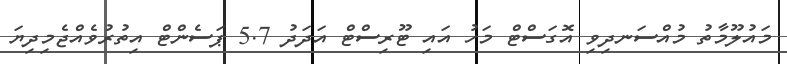
މައުލޫމާތު މުއްސަނދިވި އޮގަސްޓް މަހު އައި ޓޫރިސްޓް އަދަދު 5.7 ޕަސެންޓް އިތުރުވެއްޖެމިދިޔަ